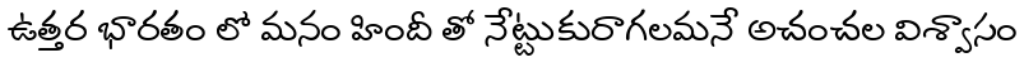
ఉత్తర భారతం లో మనం హిందీ తో నేట్టుకురాగలమనే అచంచల విశ్వాసం